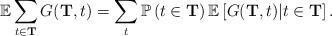
LaTeX: \begin{align*}\mathbb{E} \sum_{t\in \mathbf{T}} G(\mathbf{T}, t) = \sum_t \mathbb{P}\left(t \in \mathbf{T}\right) \mathbb{E}\left[ G(\mathbf{T}, t) \middle\vert t\in \mathbf{T}\right].\end{align*}